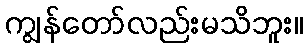
ကျွန်တော်လည်းမသိဘူး။